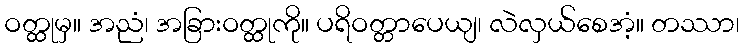
ဝတ္ထုမှ။ အညံ၊ အခြားဝတ္ထုကို။ ပရိဝတ္တာပေယျ၊ လဲလှယ်စေအံ့။ တဿာ၊